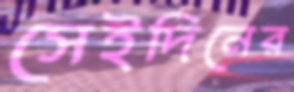
সেইদিনের